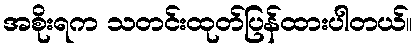
အစိုးရက သတင်းထုတ်ပြန်ထားပါတယ်။